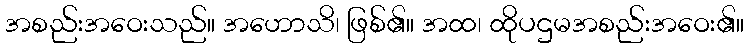
အစည်းအဝေးသည်။ အဟောသိ၊ ဖြစ်၏။ အထ၊ ထိုပဌမအစည်းအဝေး၏။